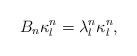
LaTeX: \begin{align*}B_{n}\kappa_{l}^{n} = \lambda_{l}^{n}\kappa_{l}^{n},\end{align*}